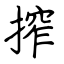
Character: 搾